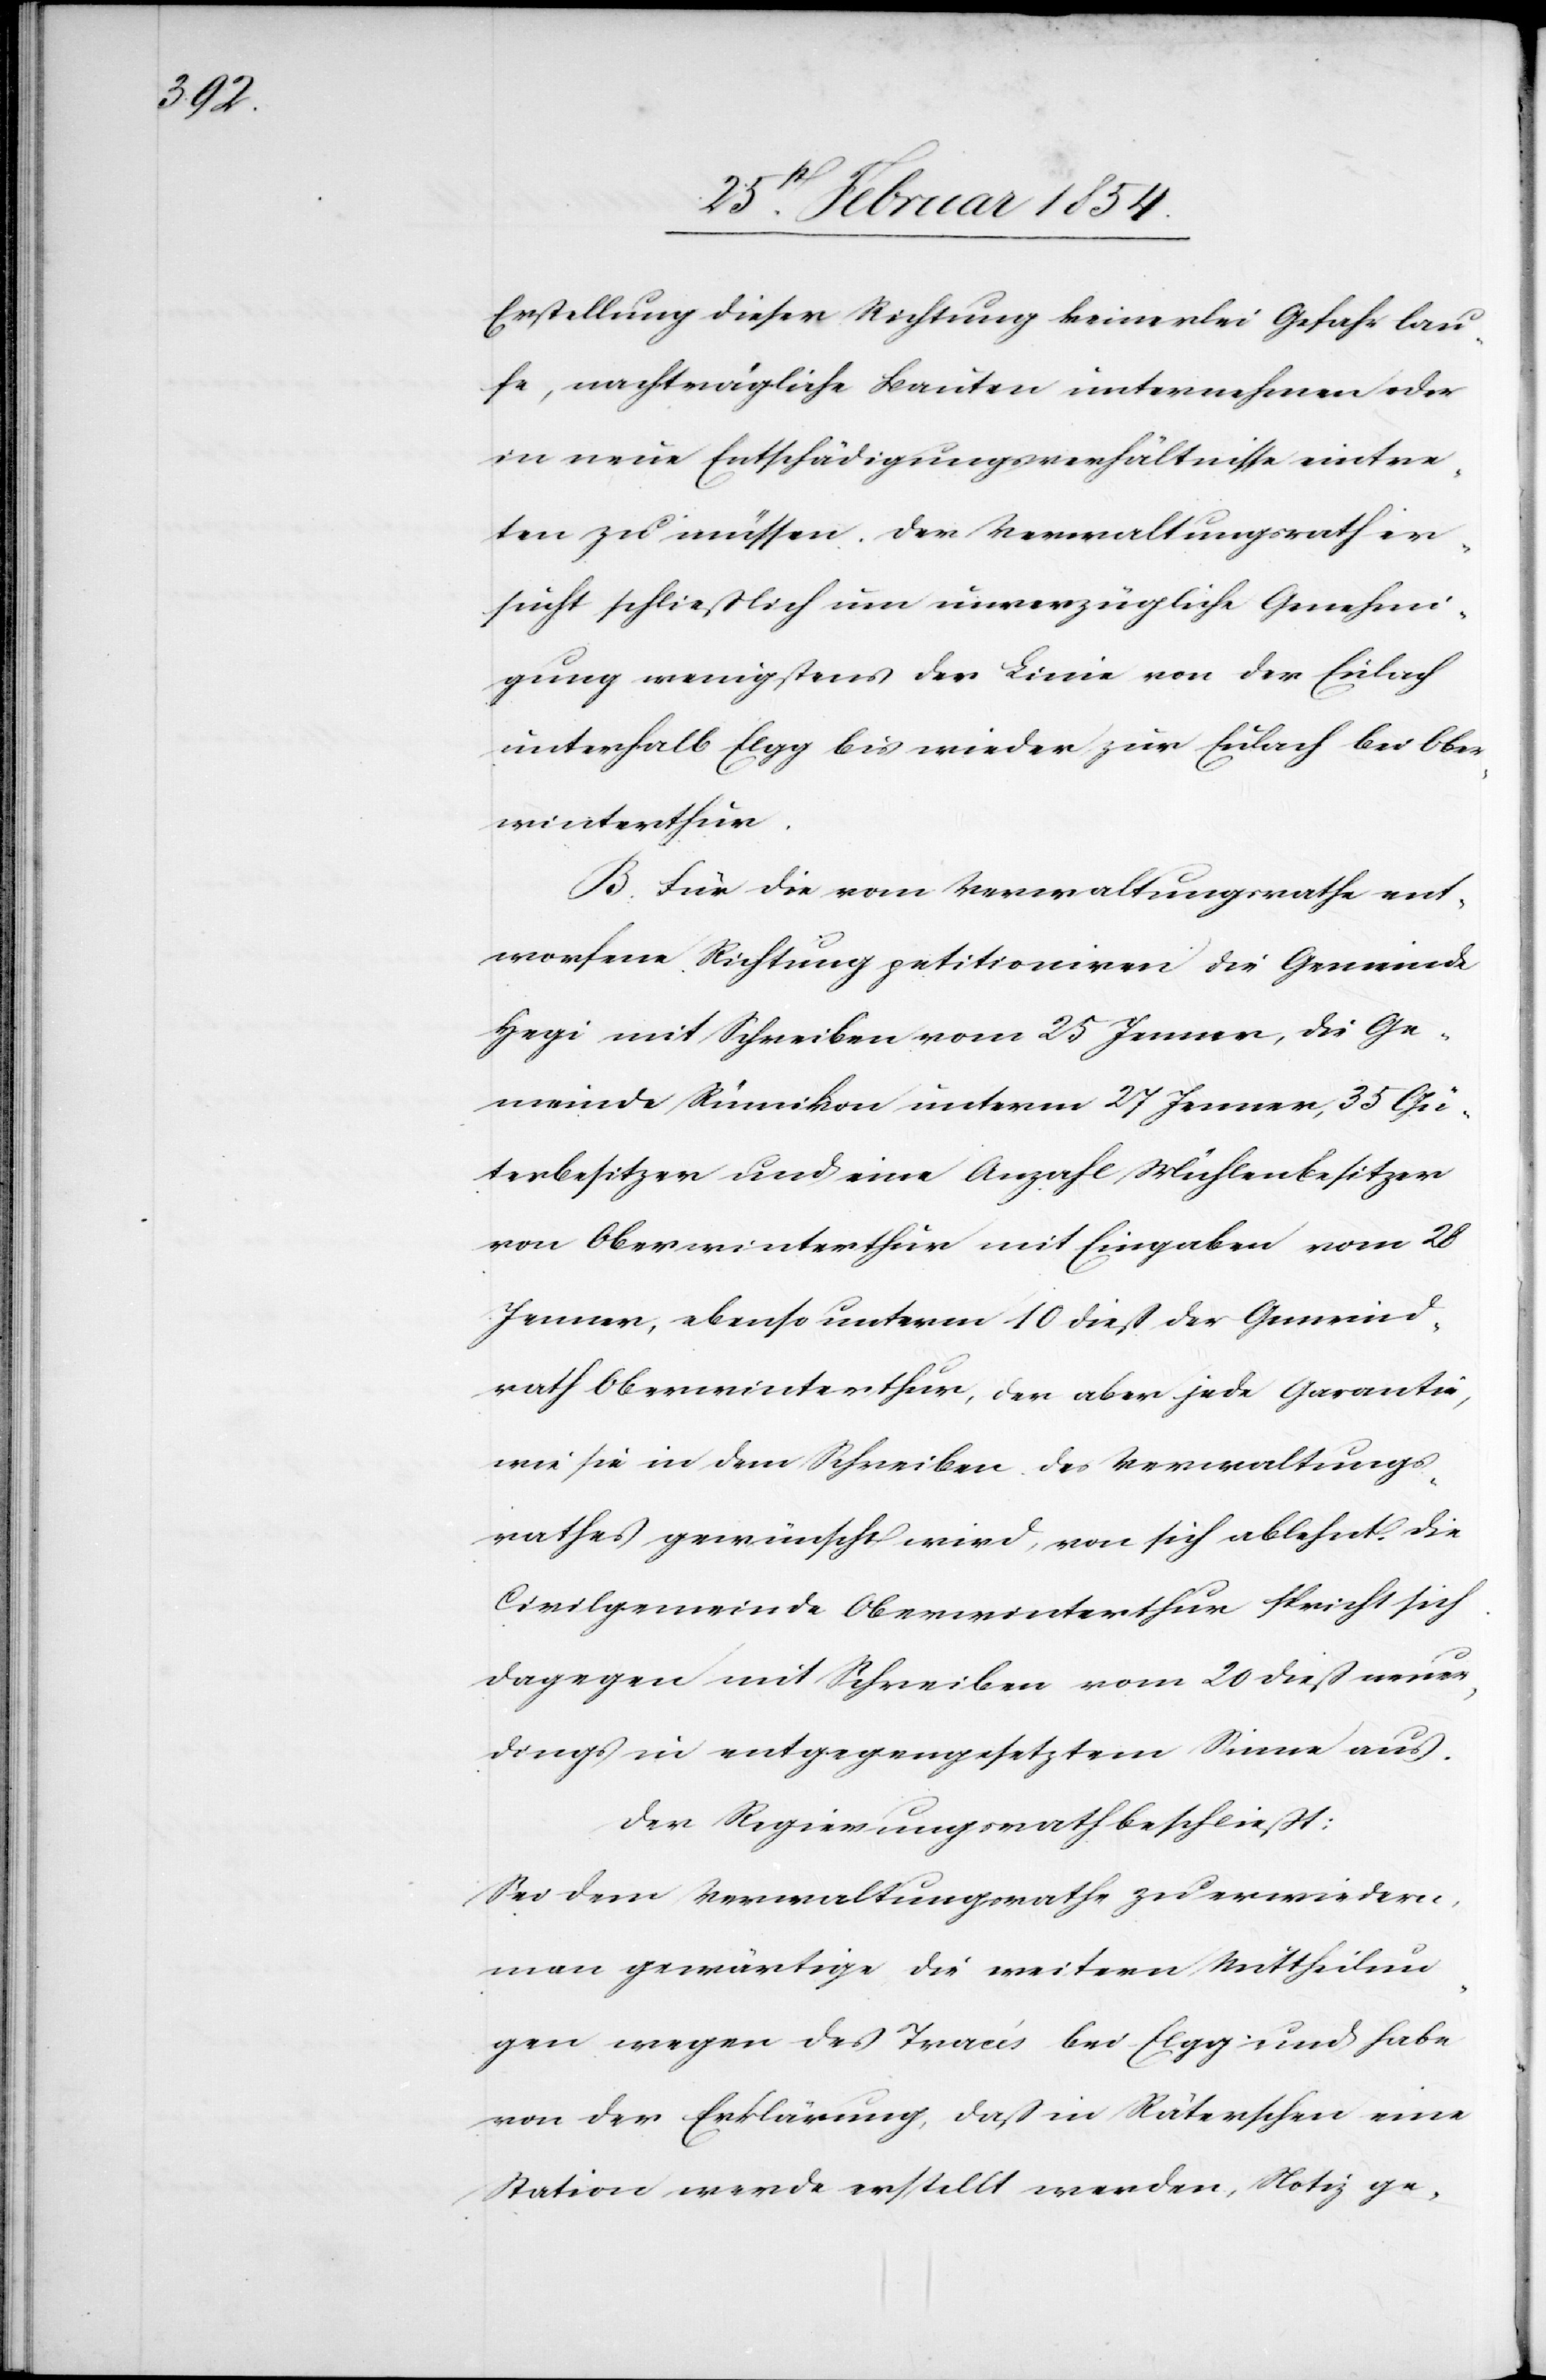
Erstellung dieser Richtung keinerlei Gefahr lau¬
fe, nachträgliche Bauten unternehmen oder
in neue Entschädigungsverhältnisse eintre¬
ten zu müssen. Der Verwaltungsrath er¬
sucht schließlich um unverzügliche Genehmi¬
gung wenigstens der Linie von der Eulach
unterhalb Elgg bis wieder zur Eulach bei Ober¬
winterthur.
B. Für die vom Verwaltungsrathe ent¬
worfene Richtung petitioniren die Gemeinde
Hegi mit Schreiben vom 25 Jenner, die Ge¬
meinde Rümikon unterm 27 Jenner, 35 Gü¬
terbesitzer und eine Anzahl Mühlenbesitzer
von Oberwinterthur mit Eingaben vom 28
Jenner, ebenso unterm 10 dieß der Gemeind¬
rath Oberwinterthur, der aber jede Garantie,
wie sie in dem Schreiben des Verwaltungs¬
rathes gewünscht wird, von sich ablehnt. Die
Civilgemeinde Oberwinterthur spricht sich
dagegen mit Schreiben vom 20 dieß neuer¬
dings in entgegengesetztem Sinne aus.
Der Regierungsrath beschließt:
Sei dem Verwaltungsrathe zu erwiedern,
man gewärtige die weiteren Mittheilun¬
gen wegen des Tracés bei Elgg und habe
von der Erklärung, daß in Räterschen eine
Station werde erstellt werden, Notiz ge-